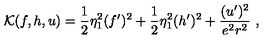
{ \cal K } ( f , h , u ) = \frac 1 2 \eta _ { 1 } ^ { 2 } ( f ^ { \prime } ) ^ { 2 } + \frac 1 2 \eta _ { 1 } ^ { 2 } ( h ^ { \prime } ) ^ { 2 } + \frac { ( u ^ { \prime } ) ^ { 2 } } { e ^ { 2 } r ^ { 2 } } \ ,